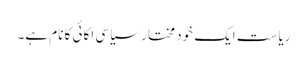
ریاست ایک خود مختار سیاسی اکائی کا نام ہے۔